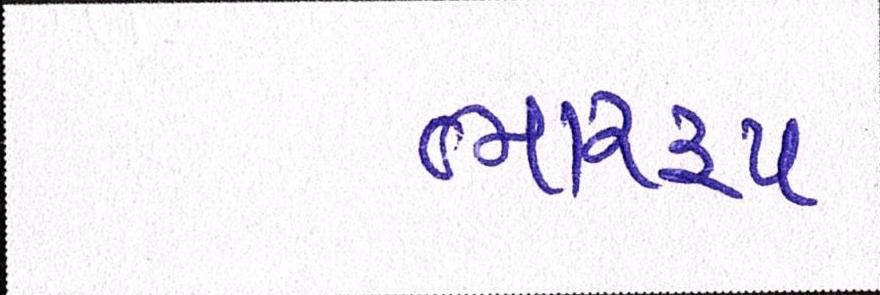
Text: ભારરૂપ